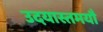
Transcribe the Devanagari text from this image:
उदयास्तमयौ